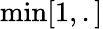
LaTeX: \operatorname*{min}[1,.]